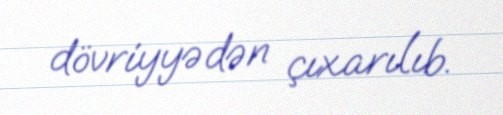
dövriyyədən çıxarılıb.